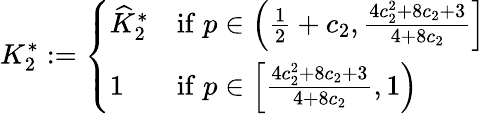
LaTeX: K_{2}^{*}:=\left\{ \begin{array}{ll}{\widehat{K}_{2}^{*}}&{\mathrm{if}\; p\in\left(\frac{1}{2}+c_{2},\frac{4c_{2}^{2}+8c_{2}+3}{4+8c_{2}}\right]}\\ {1}&{\mathrm{if}\; p\in\left[\frac{4c_{2}^{2}+8c_{2}+3}{4+8c_{2}},1\right)}\end{array}\right.